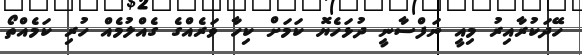
ހޭދަކުރާއިރު މިއީ ނަފްސާނީ ދުޅަހެޔޮ ކަމަށް ކިހާ ވަރެއްގެ ގެއްލުމެއް ހުރި ކަމެއްތޯ